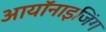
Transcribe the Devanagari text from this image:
आयॉनाइजिंग